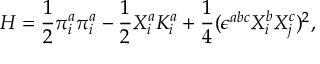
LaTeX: H = \frac { 1 } { 2 } \pi _ { i } ^ { a } \pi _ { i } ^ { a } - \frac { 1 } { 2 } X _ { i } ^ { a } K _ { i } ^ { a } + \frac { 1 } { 4 } ( \epsilon ^ { a b c } X _ { i } ^ { b } X _ { j } ^ { c } ) ^ { 2 } ,